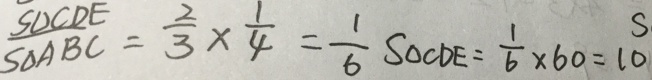
\frac { S \Delta C D E } { S \Delta A B C } = \frac { 2 } { 3 } \times \frac { 1 } { 4 } = \frac { 1 } { 6 } S \Delta C D E = \frac { 1 } { 6 } \times 6 0 = 1 0